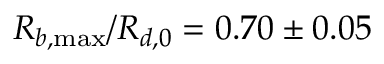
R _ { b , \operatorname* { m a x } } / R _ { d , 0 } = 0 . 7 0 \pm 0 . 0 5